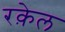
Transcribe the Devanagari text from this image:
रक़ेल